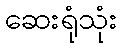
ဆေးရုံသုံး